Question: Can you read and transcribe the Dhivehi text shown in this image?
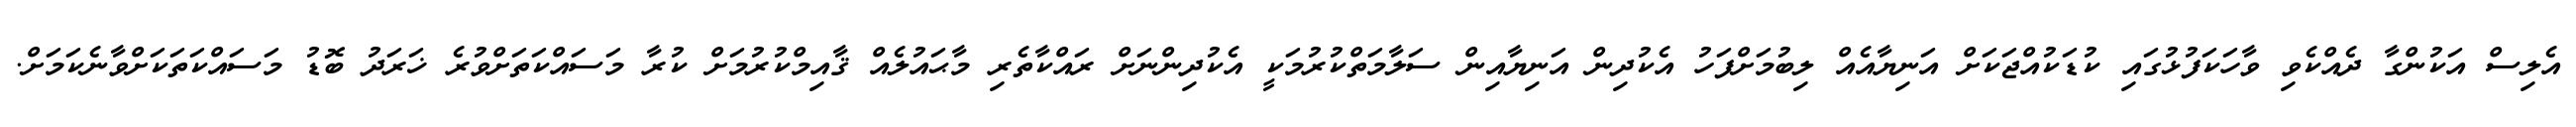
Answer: އެލިސް އަކުންގާ ދެއްކެވި ވާހަކަފުޅުގައި ކުޑަކުއްޖަކަށް އަނިޔާއެއް ލިބުމަށްފަހު އެކުދިން އަނިޔާއިން ސަލާމަތްކުރުމަކީ އެކުދިންނަށް ރައްކާތެރި މާޙައުލެއް ޤާއިމްކުރުމަށް ކުރާ މަސައްކަތަށްވުރެ ޚަރަދު ބޮޑު މަސައްކަތަކަށްވާނެކަމަށް.